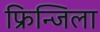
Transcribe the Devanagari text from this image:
फ्रिन्जिला